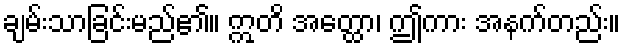
ချမ်းသာခြင်းမည်၏။ ဣတိ အတ္ထော၊ ဤကား အနက်တည်း။